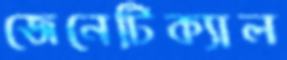
জেনেটিক্যাল